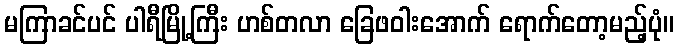
မကြာခင်ပင် ပါရီမြို့ကြီး ဟစ်တလာ ခြေဖဝါးအောက် ရောက်တော့မည့်ပုံ။